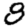
Digit: 8